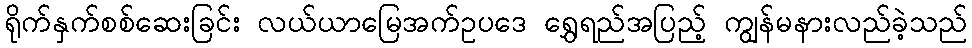
ရိုက်နှက်စစ်ဆေးခြင်း လယ်ယာမြေအက်ဥပဒေ ရွှေရည်အပြည့် ကျွန်မနားလည်ခဲ့သည်